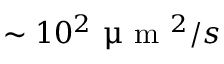
\sim 1 0 ^ { 2 } ~ \upmu \mathrm { ~ m ~ } ^ { 2 } / s